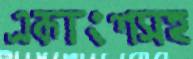
একাংশসহ